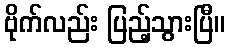
ဗိုက်လည်း ပြည့်သွားပြီ။